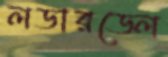
লডারডেল